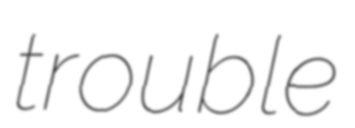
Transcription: trouble